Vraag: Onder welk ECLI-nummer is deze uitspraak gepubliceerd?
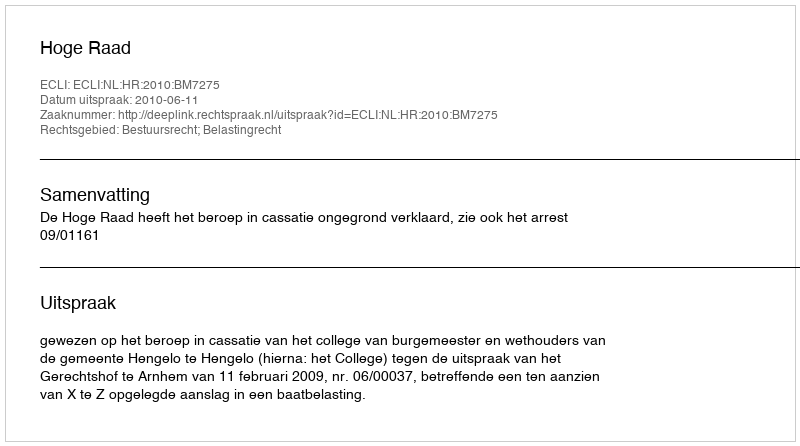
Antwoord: ECLI:NL:HR:2010:BM7275